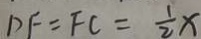
D F = F C = \frac { 1 } { 2 } x